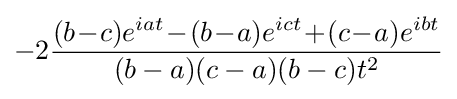
-2{\frac {(b\!-\!c)e^{iat}\!-\!(b\!-\!a)e^{ict}\!+\!(c\!-\!a)e^{ibt}}{(b-a)(c-a)(b-c)t^{2}}}